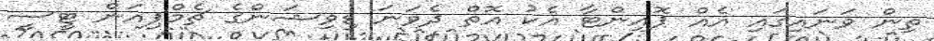
ތިން ވަނައިގައި އެއް ޕޮއިންޓާ އެކު އޮތް ދެވަނަ ޑިވިޝަންގެ ޗެމްޕިއަން ޓީސީ